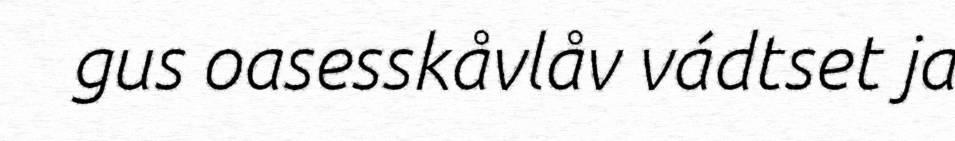
gus oasesskåvlåv vádtset ja